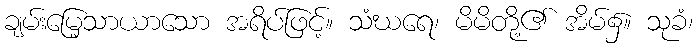
ချမ်းမြေ့သာယာသော အရိပ်ဖြင့်။ သံဃရေ၊ မိမိတို့၏ အိမ်၌။ သုခံ၊